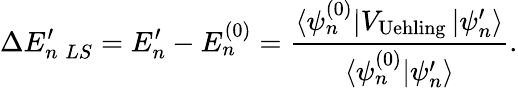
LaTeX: \Delta E_{n\; LS}^{\prime}=E_{n}^{\prime}-E_{n}^{(0)}=\frac{\langle\psi_{n}^{(0)}|V_{\textrm{Uehling}}\, |\psi_{n}^{\prime}\rangle}{\langle\psi_{n}^{(0)}|\psi_{n}^{\prime}\rangle}.